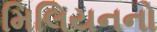
મિલિયનનો